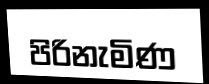
පිරිනැමිණ